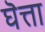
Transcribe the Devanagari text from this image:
घॆत्ता